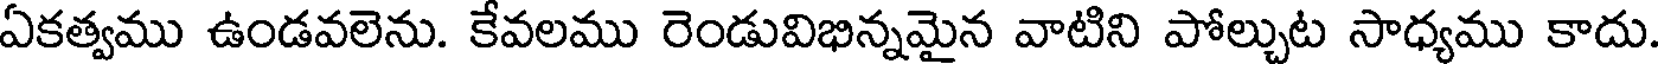
ఏకత్వము ఉండవలెను. కేవలము రెండువిభిన్నమైన వాటిని పోల్చుట సాధ్యము కాదు